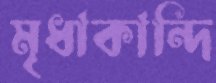
মৃধাকান্দি